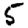
Digit: 5